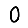
Digit: 0